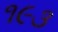
૧૯૩